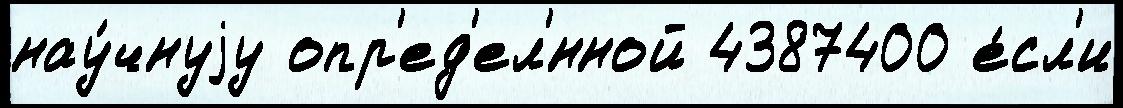
нау́чнуjу опр'ед'ел'́нной 4387400 е́сл'и